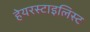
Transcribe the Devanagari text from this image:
हेयरस्टाइलिस्ट